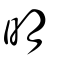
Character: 明